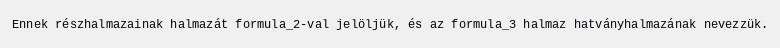
Ennek részhalmazainak halmazát formula_2-val jelöljük, és az formula_3 halmaz hatványhalmazának nevezzük.